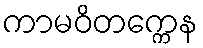
ကာမဝိတက္ကေန